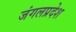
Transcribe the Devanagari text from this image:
जंगलप्रदेश